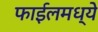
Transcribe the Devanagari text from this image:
फाईलमध्ये